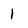
Character: 1